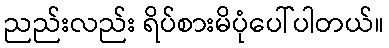
ညည်းလည်း ရိပ်စားမိပုံပေါ်ပါတယ်။